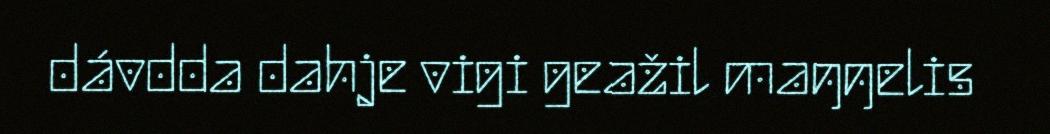
dávdda dahje vigi geažil maŋŋelis